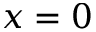
x = 0